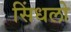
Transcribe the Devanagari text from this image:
सिंधलो